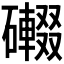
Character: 𱴿